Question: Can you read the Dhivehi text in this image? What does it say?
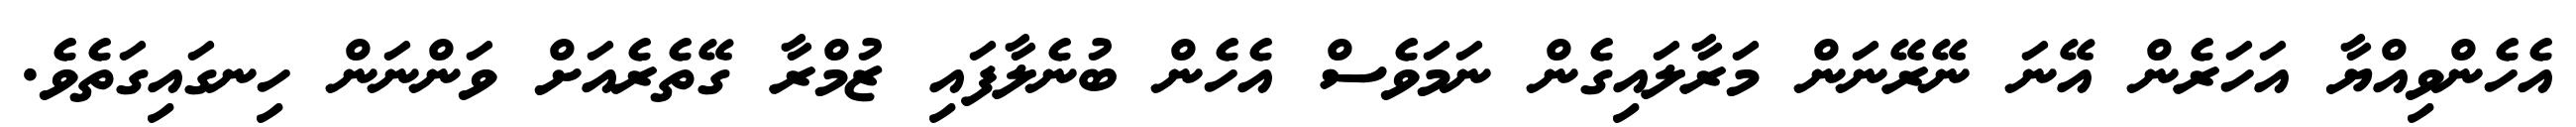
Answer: އެހެންވިއްޔާ އަހަރެން އޭނަ ނޭރޭނަން މަރާލައިގެން ނަމަވެސް އެހެން ބުނެލާފައި ޒުމްރާ ގޭތެރެއަށް ވަންނަން ހިނގައިގަތެވެ.